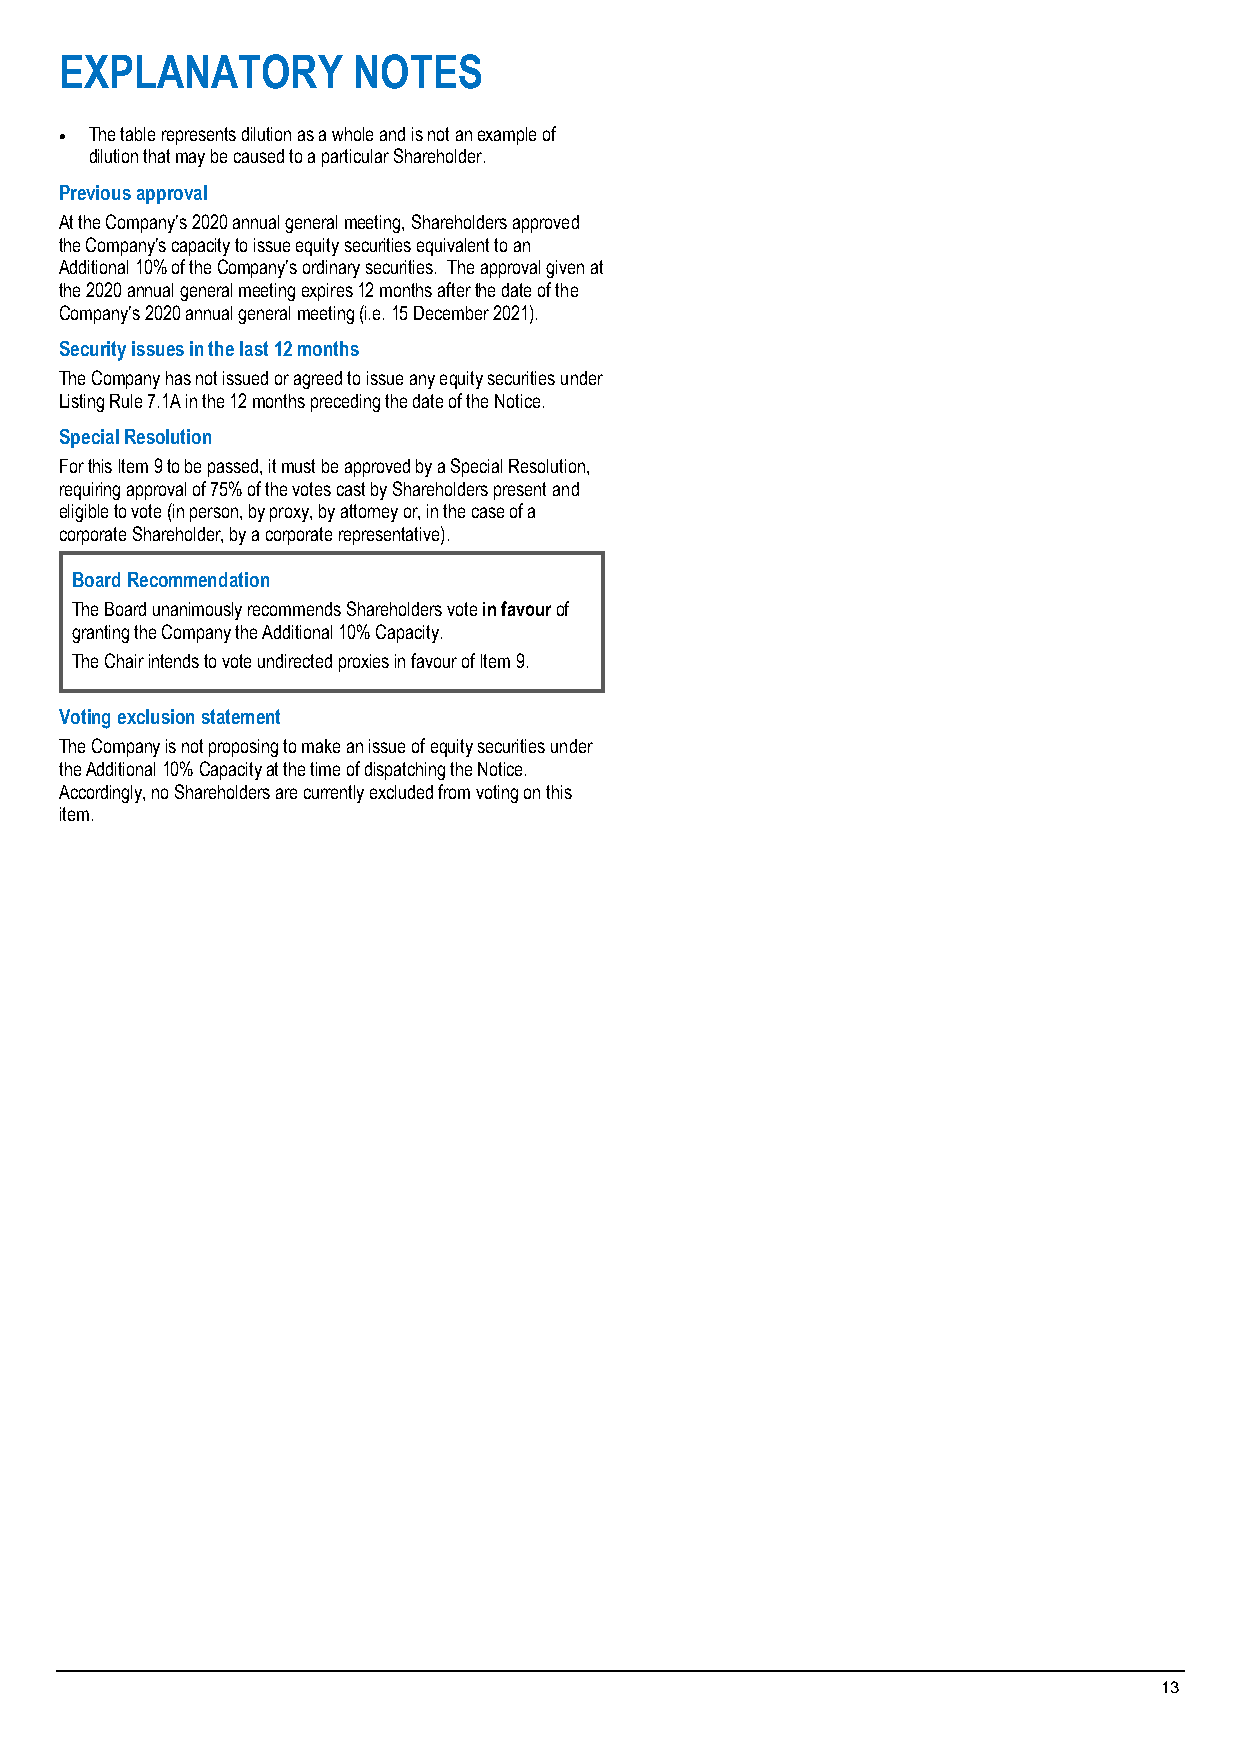
EXPLANATORY        NOTES
 • The table represents dilution as a whole and is not an example of
 dilution that may be caused to a particular Shareholder.
 Previous approval
 At the Company’s 2020 annual general meeting, Shareholders approved
 the Company’s capacity to issue equity securities equivalent to an
 Additional 10% of the Company’s ordinary securities. The approval given at
 the 2020 annual general meeting expires 12 months after the date of the
 Company’s 2020 annual general meeting (i.e. 15 December 2021).
 Security issues in the last 12 months
 The Company has not issued or agreed to issue any equity securities under
 Listing Rule 7.1A in the 12 months preceding the date of the Notice.
 Special Resolution
 For this Item 9 to be passed, it must be approved by a Special Resolution,
 requiring approval of 75% of the votes cast by Shareholders present and
 eligible to vote (in person, by proxy, by attorney or, in the case of a
 corporate Shareholder, by a corporate representative).
 Board Recommendation
 The Board unanimously recommends Shareholders vote in favour of
 granting the Company the Additional 10% Capacity.
 The Chair intends to vote undirected proxies in favour of Item 9.
 Voting exclusion statement
 The Company is not proposing to make an issue of equity securities under
 the Additional 10% Capacity at the time of dispatching the Notice.
 Accordingly, no Shareholders are currently excluded from voting on this
 item.
 13